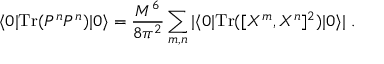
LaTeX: \langle 0 | \mathrm { T r } ( P ^ { n } P ^ { n } ) | 0 \rangle = \frac { M ^ { 6 } } { 8 \pi ^ { 2 } } \sum _ { m , n } | \langle 0 | \mathrm { T r } ( [ X ^ { m } , X ^ { n } ] ^ { 2 } ) | 0 \rangle | \ .